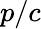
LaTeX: p/c